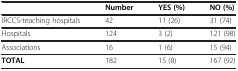
<table><thead><tr><td><b> </b></td><td><b>Number</b></td><td><b>YES (%)</b></td><td><b>NO (%)</b></td></tr></thead><tbody><tr><td>IRCCS-teaching hospitals</td><td>42</td><td>11 (26)</td><td>31 (74)</td></tr><tr><td>Hospitals</td><td>124</td><td>3 (2)</td><td>121 (98)</td></tr><tr><td>Associations</td><td>16</td><td>1 (6)</td><td>15 (94)</td></tr><tr><td><b>TOTAL</b></td><td>182</td><td>15 (8)</td><td>167 (92)</td></tr></tbody></table>